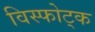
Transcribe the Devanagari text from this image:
विस्फोट्क